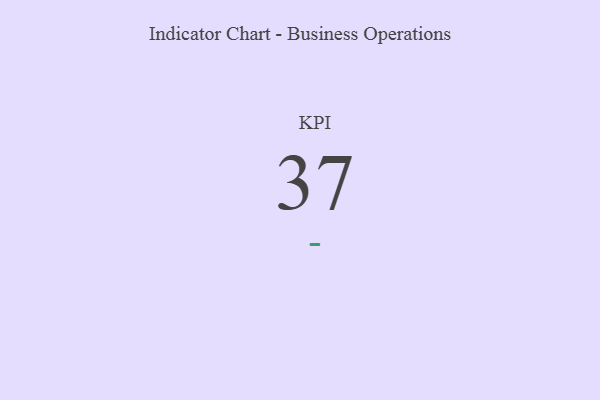
{"axis": {"x": "KPI", "y": "Value"}, "legend": [""], "data": [{"x": "KPI", "y": 37, "type": ""}]}